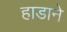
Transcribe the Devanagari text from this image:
हाडाने